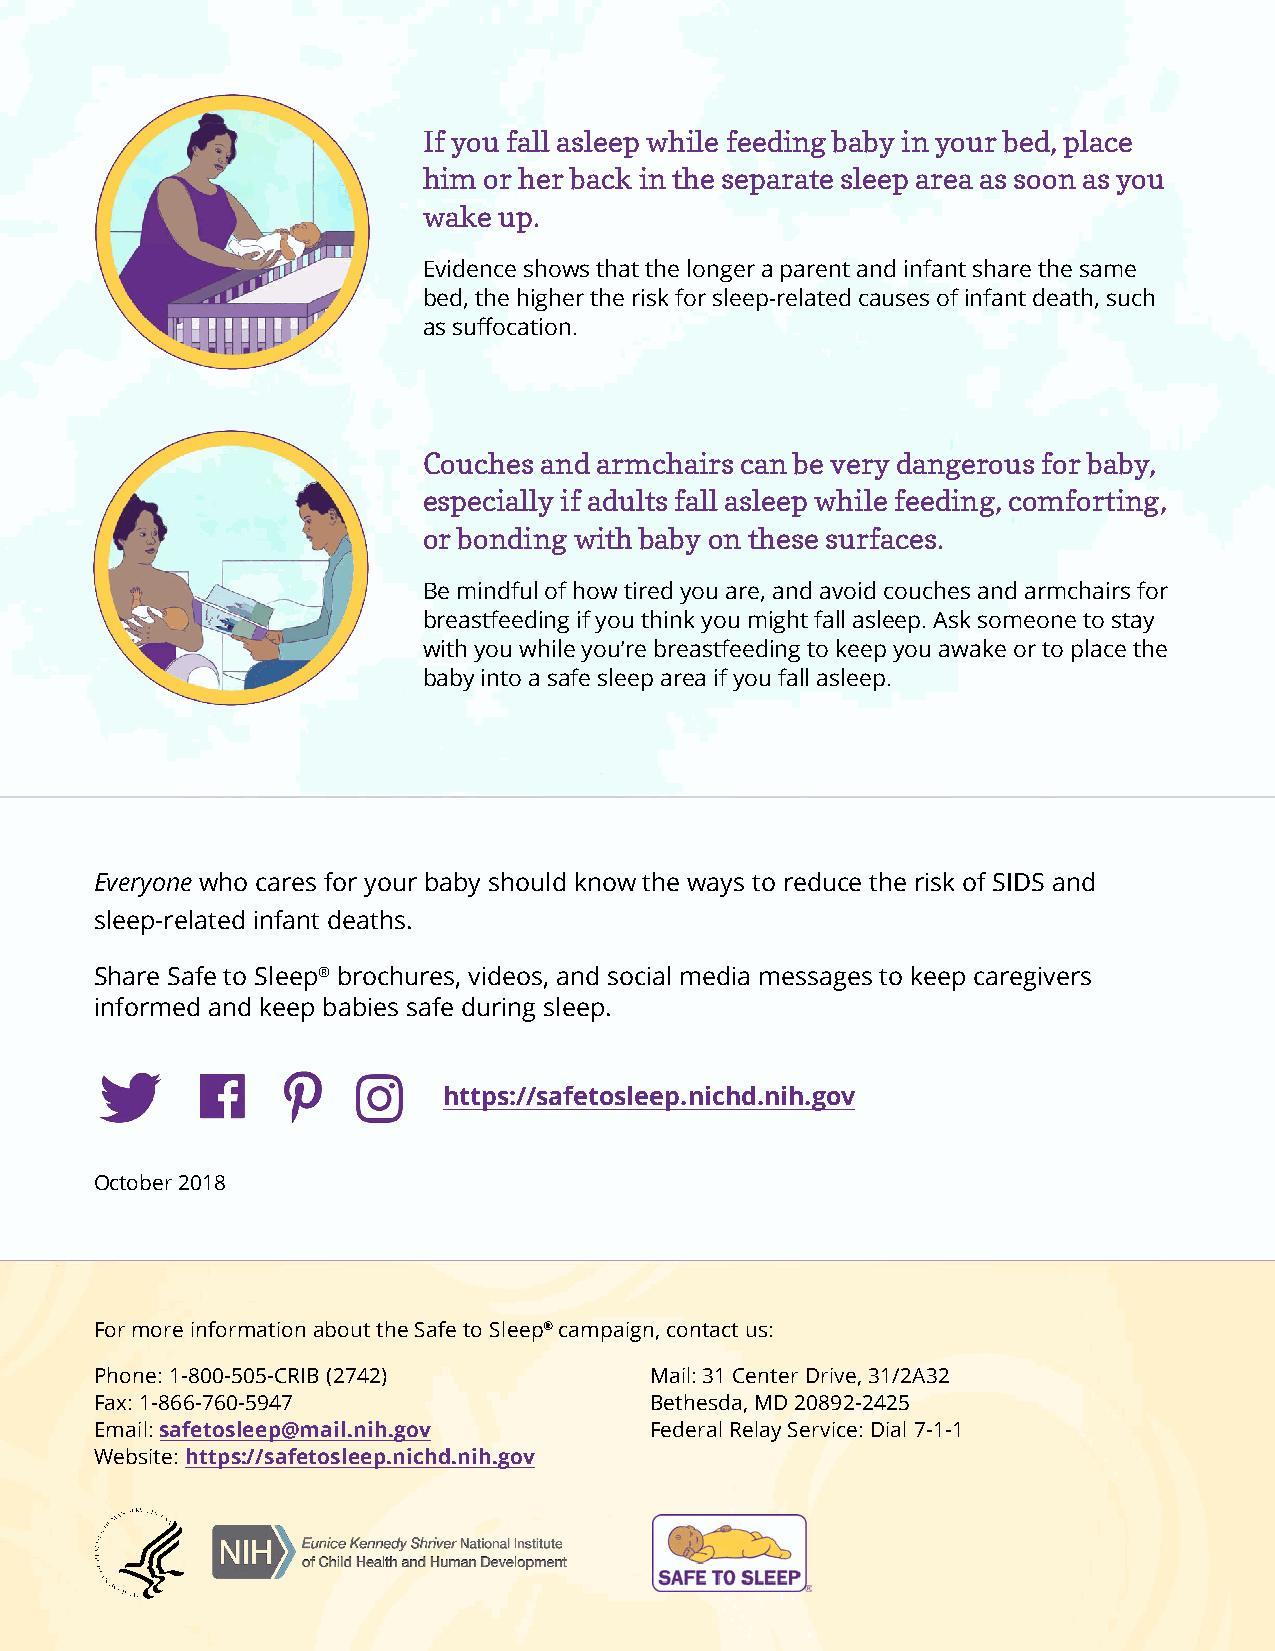
If you fall asleep while feeding baby in your bed, place
 him or her back in the separate sleep area as soon as you
 wake up.
 Evidence shows that the longer a parent and infant share the same
 bed, the higher the risk for sleep-related causes of infant death, such
 as suffocation.
 Couches and armchairs can be very dangerous for baby,
 especially if adults fall asleep while feeding, comforting,
 or bonding with baby on these surfaces.
 Be mindful of how tired you are, and avoid couches and armchairs for
 breastfeeding if you think you might fall asleep. Ask someone to stay
 with you while you’re breastfeeding to keep you awake or to place the
 baby into a safe sleep area if you fall asleep.
 Everyone who cares for your baby should know the ways to reduce the risk of SIDS and
 sleep-related infant deaths.
 Share Safe to Sleep® brochures, videos, and social media messages to keep caregivers
 informed and keep babies safe during sleep.
 https://safetosleep.nichd.nih.gov
 October 2018
 For more information about the Safe to Sleep® campaign, contact us:
 Phone: 1-800-505-CRIB (2742)         Mail: 31 Center Drive, 31/2A32
 Fax: 1-866-760-5947                  Bethesda, MD 20892-2425
 Email: safetosleep@mail.nih.gov      Federal Relay Service: Dial 7-1-1
 Website: https://safetosleep.nichd.nih.gov